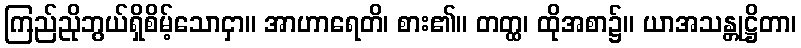
ကြည်ညိုဘွယ်ရှိစိမ့်သောငှာ။ အာဟာရေတိ၊ စား၏။ တတ္ထ၊ ထိုအစာ၌။ ယာအသန္တုဋ္ဌိတာ၊